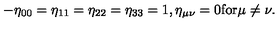
- \eta _ { 0 0 } = \eta _ { 1 1 } = \eta _ { 2 2 } = \eta _ { 3 3 } = 1 , \eta _ { \mu \nu } = 0 \mathrm { f o r } \mu \neq \nu .